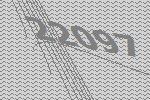
22097